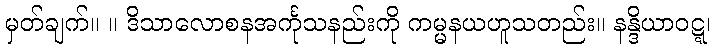
မှတ်ချက်။ ။ ဒိသာလောစနအင်္ကုသနည်းကို ကမ္မနယဟူသတည်း။ နန္ဒိယာဝဋ္ဋ၊